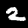
Digit: 2